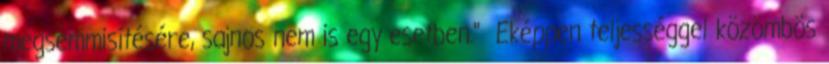
megsemmisítésére, sajnos nem is egy esetben." Eképpen teljességgel közömbös